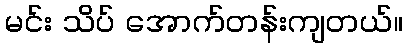
မင်း သိပ် အောက်တန်းကျတယ်။